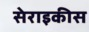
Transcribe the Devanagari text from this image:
सेराइकीस